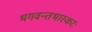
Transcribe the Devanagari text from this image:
भगवन्तभास्करः